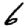
Digit: 6